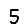
Digit: 5